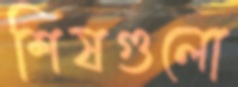
শিষগুলো